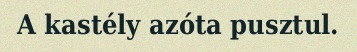
A kastély azóta pusztul.